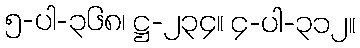
၅-ပါ-၃၆၈၊ ဋ္ဌ-၂၃၄။ ၄-ပါ-၃၁၂။